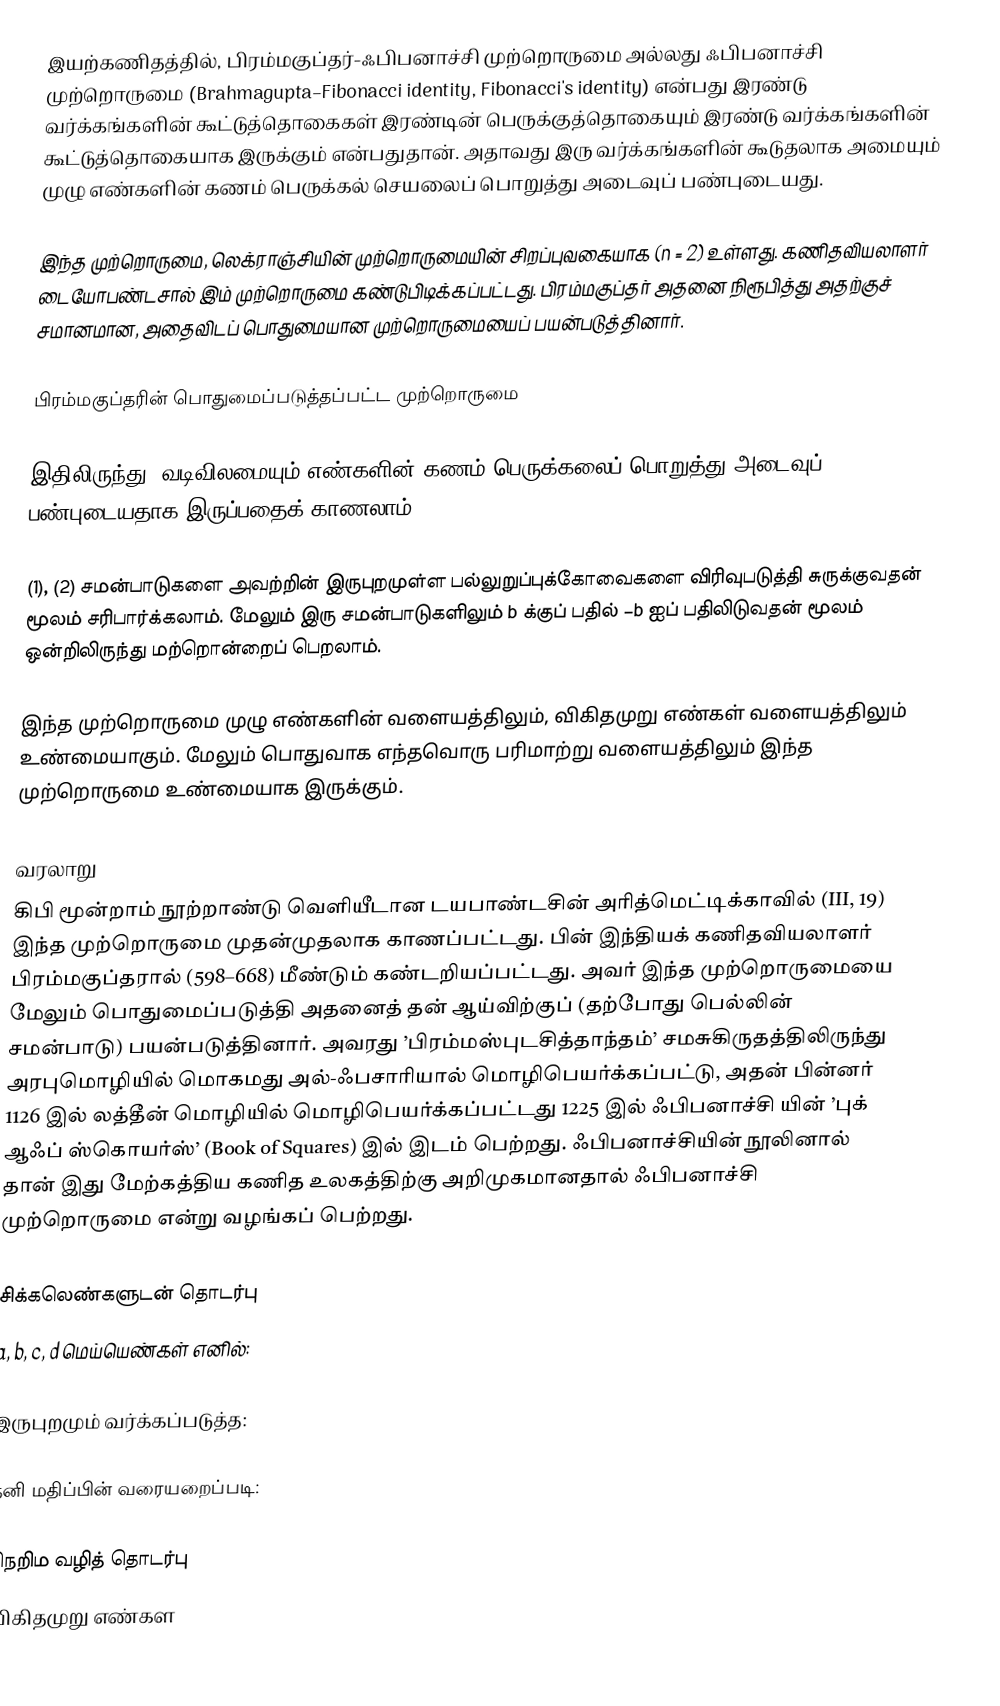
இயற்கணிதத்தில், பிரம்மகுப்தர்-ஃபிபனாச்சி முற்றொருமை அல்லது ஃபிபனாச்சி முற்றொருமை (Brahmagupta–Fibonacci identity, Fibonacci's identity) என்பது இரண்டு வர்க்கங்களின் கூட்டுத்தொகைகள் இரண்டின் பெருக்குத்தொகையும்  இரண்டு வர்க்கங்களின் கூட்டுத்தொகையாக இருக்கும்  என்பதுதான்.  அதாவது இரு வர்க்கங்களின் கூடுதலாக அமையும் முழு எண்களின் கணம் பெருக்கல் செயலைப் பொறுத்து அடைவுப் பண்புடையது.

இந்த முற்றொருமை, லெக்ராஞ்சியின் முற்றொருமையின் சிறப்புவகையாக (n = 2) உள்ளது. கணிதவியலாளர் டையோபண்டசால் இம் முற்றொருமை கண்டுபிடிக்கப்பட்டது. பிரம்மகுப்தர் அதனை நிரூபித்து அதற்குச் சமானமான, அதைவிடப் பொதுமையான முற்றொருமையைப் பயன்படுத்தினார்.

பிரம்மகுப்தரின் பொதுமைப்படுத்தப்பட்ட முற்றொருமை

இதிலிருந்து,  வடிவிலமையும் எண்களின் கணம் பெருக்கலைப் பொறுத்து அடைவுப் பண்புடையதாக இருப்பதைக் காணலாம்.

(1), (2) சமன்பாடுகளை அவற்றின் இருபுறமுள்ள பல்லுறுப்புக்கோவைகளை விரிவுபடுத்தி சுருக்குவதன் மூலம் சரிபார்க்கலாம். மேலும் இரு சமன்பாடுகளிலும் b க்குப் பதில்  −b ஐப் பதிலிடுவதன் மூலம் ஒன்றிலிருந்து மற்றொன்றைப் பெறலாம்.

இந்த முற்றொருமை முழு எண்களின் வளையத்திலும், விகிதமுறு எண்கள் வளையத்திலும் உண்மையாகும். மேலும் பொதுவாக எந்தவொரு பரிமாற்று வளையத்திலும் இந்த முற்றொருமை உண்மையாக இருக்கும்.

வரலாறு
கிபி மூன்றாம் நூற்றாண்டு வெளியீடான டயபாண்டசின் அரித்மெட்டிக்காவில் (III, 19) இந்த முற்றொருமை முதன்முதலாக காணப்பட்டது. பின் இந்தியக் கணிதவியலாளர் பிரம்மகுப்தரால் (598–668) மீண்டும் கண்டறியப்பட்டது. அவர் இந்த முற்றொருமையை மேலும் பொதுமைப்படுத்தி அதனைத் தன் ஆய்விற்குப் (தற்போது பெல்லின் சமன்பாடு) பயன்படுத்தினார். அவரது ’பிரம்மஸ்புடசித்தாந்தம்’ சமசுகிருதத்திலிருந்து அரபுமொழியில் மொகமது அல்-ஃபசாரியால் மொழிபெயர்க்கப்பட்டு, அதன் பின்னர் 1126 இல் லத்தீன் மொழியில் மொழிபெயர்க்கப்பட்டது    1225 இல்  ஃபிபனாச்சி யின் ’புக் ஆஃப் ஸ்கொயர்ஸ்’ (Book of Squares) இல் இடம் பெற்றது. ஃபிபனாச்சியின் நூலினால் தான் இது மேற்கத்திய கணித உலகத்திற்கு அறிமுகமானதால் ஃபிபனாச்சி முற்றொருமை என்று வழங்கப் பெற்றது.

சிக்கலெண்களுடன் தொடர்பு
a, b, c, d மெய்யெண்கள் எனில்:

இருபுறமும் வர்க்கப்படுத்த:

தனி மதிப்பின் வரையறைப்படி:

நெறிம வழித் தொடர்பு
விகிதமுறு எண்கள